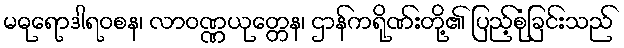
မဓုရောဒါရဝစန၊ လာဝဏ္ဏယုတ္တေန၊ ဌာန်ကရိုဏ်းတို့၏ ပြည့်စုံခြင်းသည်